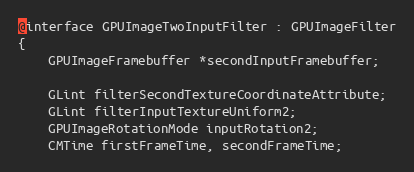
Language: C
@interface GPUImageTwoInputFilter : GPUImageFilter
{
    GPUImageFramebuffer *secondInputFramebuffer;

    GLint filterSecondTextureCoordinateAttribute;
    GLint filterInputTextureUniform2;
    GPUImageRotationMode inputRotation2;
    CMTime firstFrameTime, secondFrameTime;